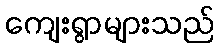
ကျေးရွာများသည်